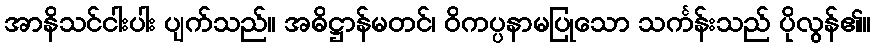
အာနိသင်ငါးပါး ပျက်သည်။ အဓိဋ္ဌာန်မတင်၊ ဝိကပ္ပနာမပြုသော သင်္ကန်းသည် ပိုလွန်၏။